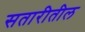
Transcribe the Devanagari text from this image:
सतारीतील